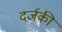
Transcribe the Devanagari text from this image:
दर्जकी